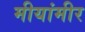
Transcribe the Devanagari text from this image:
मीयांमीर